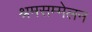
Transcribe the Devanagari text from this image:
श्रमसम्मेलन